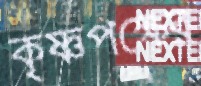
কৃষ্ণপক্ষের